Indian journal of veterinary science and animal husbandry - Volumes 24-25, 1954-1955
Year: 1954
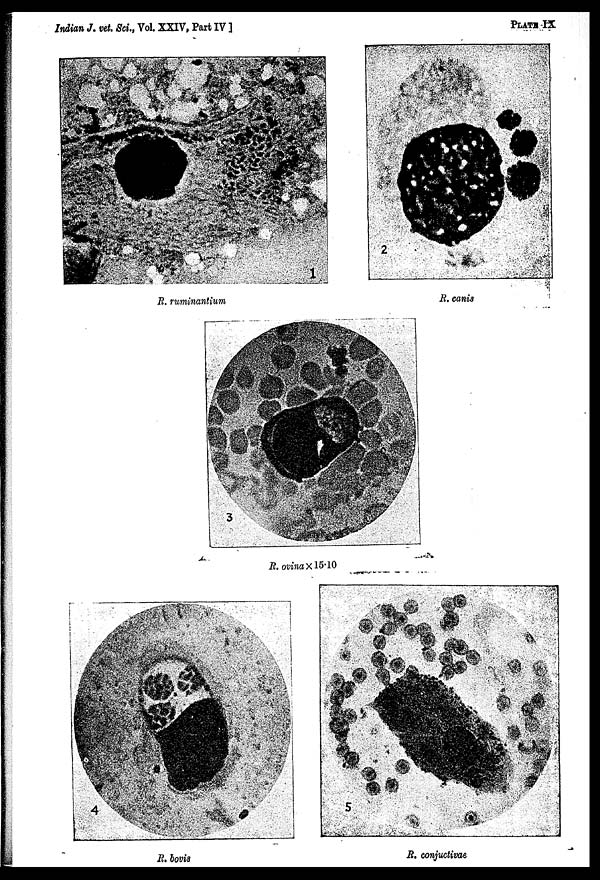
Indian J. vet. Sci., Vol. XXIV, Part IV ]
PLATE
IX
R. ruminantium
R. canis
R. ovina × 15.10
R. bovis
R. conjuctivae